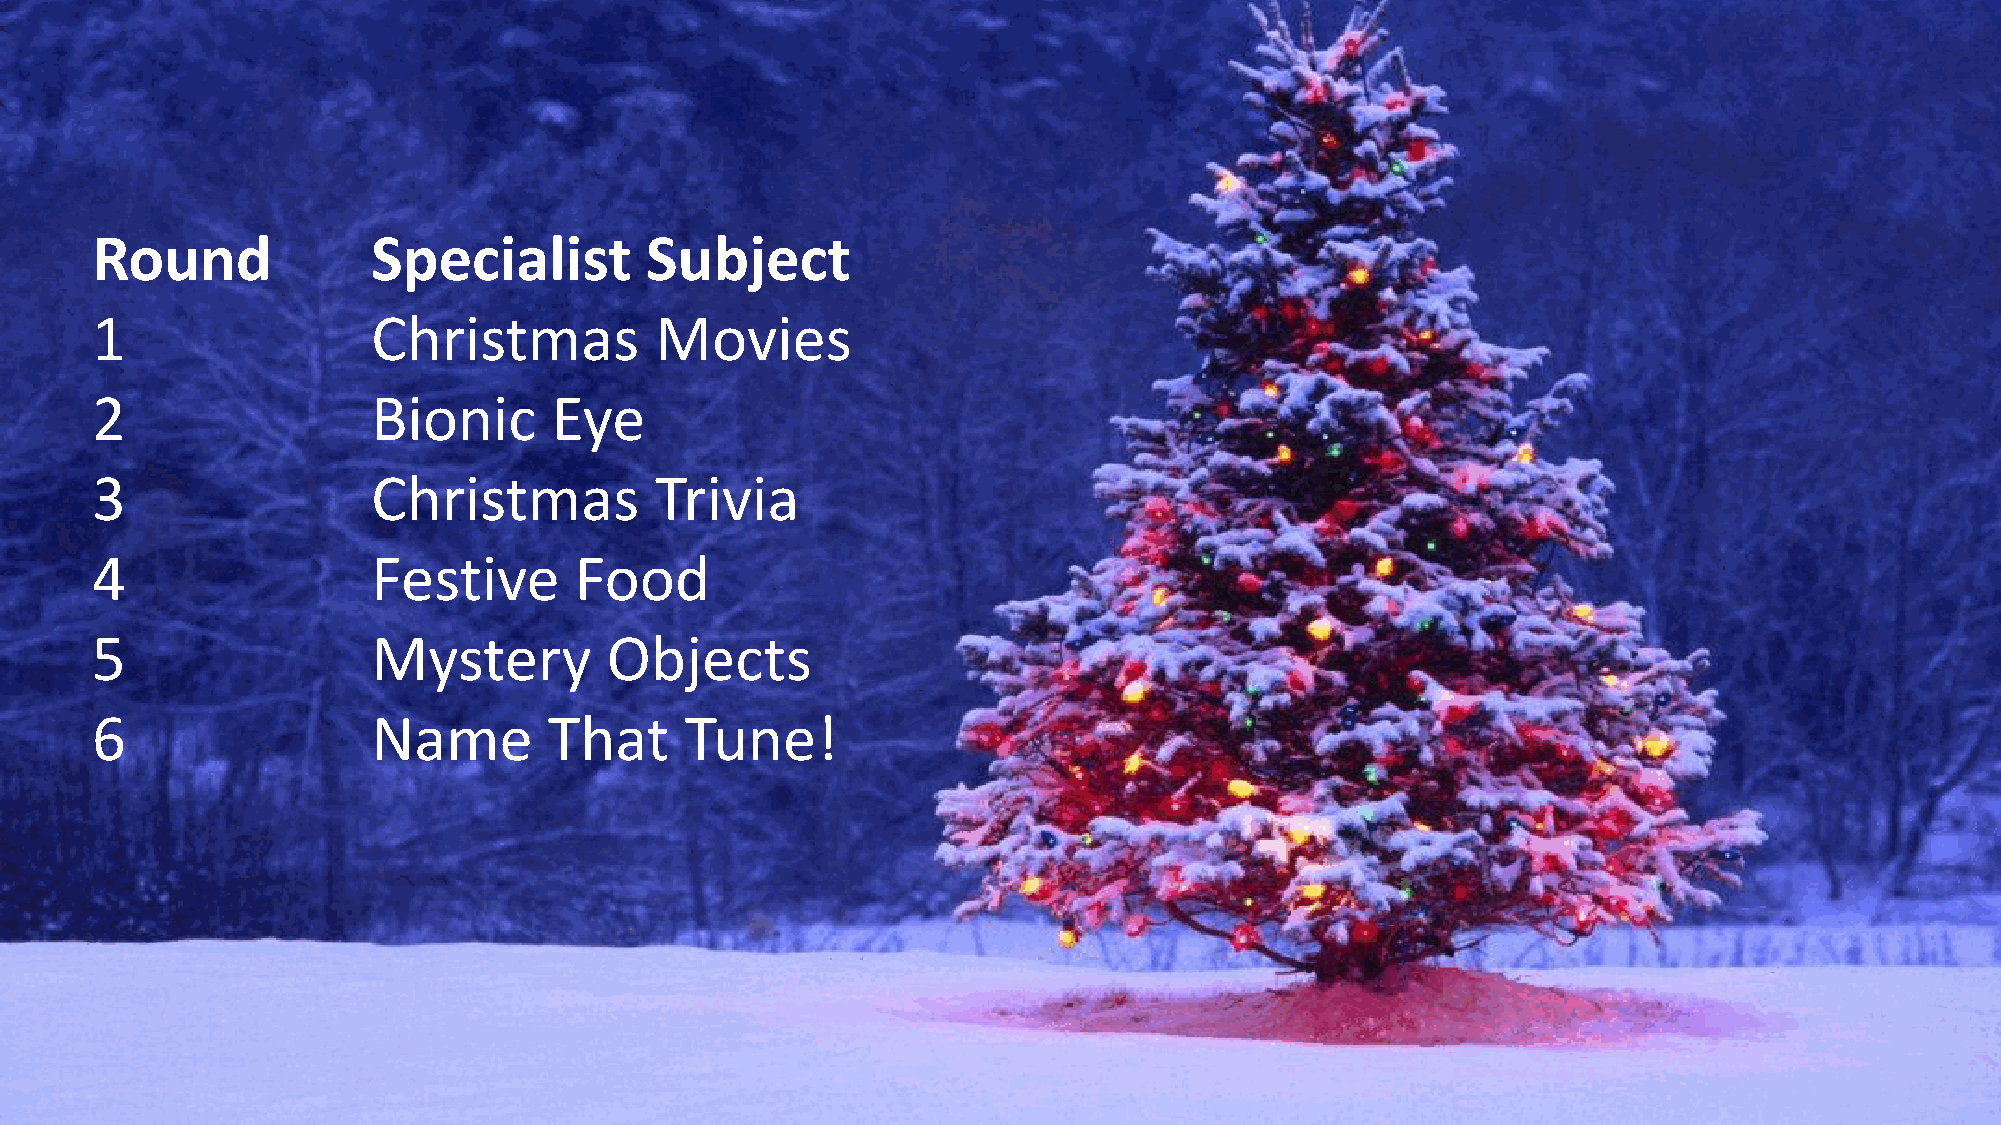
Round              Specialist        Subject
 1                  Christmas         Movies
 2                  Bionic     Eye
 3                  Christmas         Trivia
 4                  Festive      Food
 5                  Mystery        Objects
 6                  Name       That     Tune!